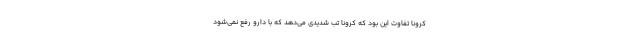
کرونا تفاوت این بود که کرونا تب شدیدی می‌دهد که با دارو رفع نمی‌شود